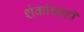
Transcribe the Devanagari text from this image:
शंकांचाही